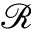
\mathscr { R }